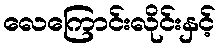
လေကြောင်းလိုင်းနှင့်